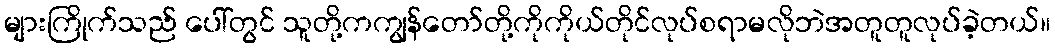
များကြိုက်သည် ပေါ်တွင် သူတို့ကကျွန်တော်တို့ကိုကိုယ်တိုင်လုပ်စရာမလိုဘဲအတူတူလုပ်ခဲ့တယ်။